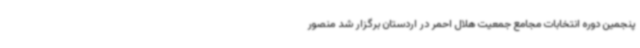
پنجمین دوره انتخابات مجامع جمعیت هلال احمر در اردستان برگزار شد منصور